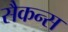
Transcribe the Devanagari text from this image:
सैकन्स